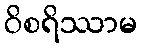
ဝိစရိဿာမ